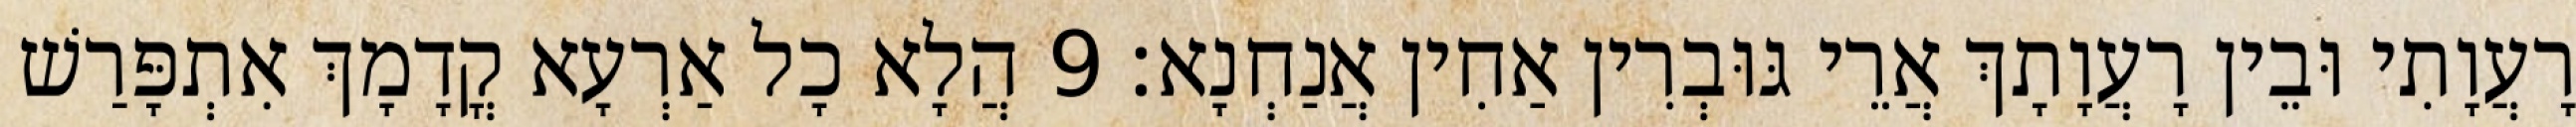
רָעֲוָתִי וּבֵין רָעֲוָתָךְ אֲרֵי גּוּבְרִין אַחִין אֲנַחְנָא׃ 9 הֲלָא כָל אַרְעָא קֳדָמָךְ אִתְפָּרַשׁ